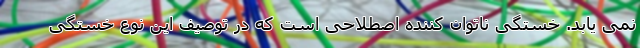
نمی یابد. خستگی ناتوان کننده اصطلاحی است که در توصیف این نوع خستگی